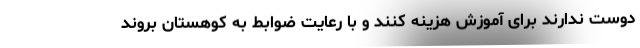
دوست ندارند برای آموزش هزینه کنند و با رعایت ضوابط به کوهستان بروند